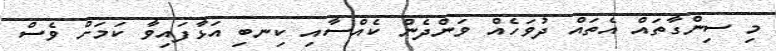
މި ސިންގާތައް އެތައް ދުވަހެއް ވަންދެން ކެއްސާއި ކިނބި އަޅާފައިވާ ކަމަށް ވެސް